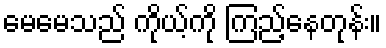
မေမေသည် ကိုယ့်ကို ကြည့်နေတုန်း။